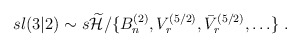
\begin{align*}sl(3|2) \sim s\widetilde{{\cal H}}/\{ B^{(2)}_n,V_r^{(5/2)},\bar{V}_r^{(5/2)},\ldots \} \; .\end{align*}